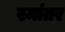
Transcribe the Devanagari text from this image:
स्मांतर